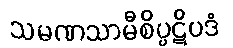
သမဏသာမီစိပ္ပဋိပဒံ